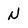
Character: N